Vaccination in Bombay 1924-1928 - 1924-1928
Year: 1924
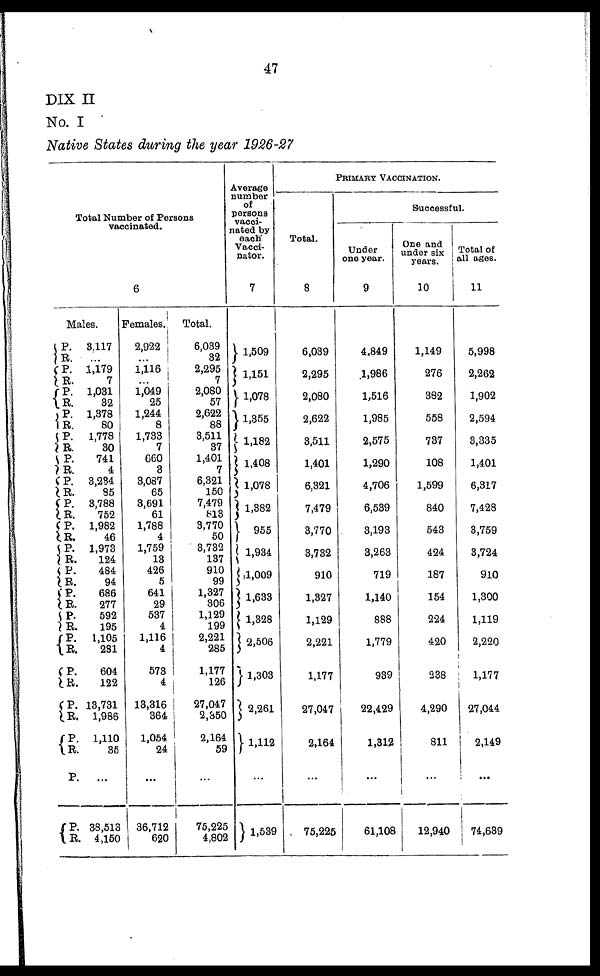
47
DIX II
No. I
Native States during the year 1926-27
Total Number of Persons
vaccinated.
6
Males.
P.
R.
P.
R.
P.
R.
P.
R.
P.
R.
P.
R.
P.
R.
P.
R.
P.
R.
P.
R.
P.
R.
P.
R.
P.
R.
P.
R.
P.
R.
P.
R.
P.
R.
P.
P.
R.
3,117
...
1,179
7
1,031
32
1,378
80
1,778
30
741
4
3,284
85
3,788
752
1,982
46
1,973
124
484
94
686
277
592
195
1,105
281
604
122
13,731
1,986
1,110
35
...
38,513
4,150
Females.
2,922
...
1,116
...
1,049
25
1,244
8
1,733
7
660
3
3,087
65
3,691
61
1,788
4
1,759
13
426
5
641
29
537
4
1,116
4
573
4
13,316
364
1,054
24
...
36,712
620
Total.
6,039
32
2,295
7
2,080
57
2,622
88
3,511
37
1,401
7
6,321
150
7,479
813
3,770
50
3,732
137
910
99
1,327
306
1,129
199
2,221
285
1,177
126
27,047
2,350
2,164
59
...
75,225
4,802
Average
number
of
persons
vacci-
nated by
each
Vacci¬
nator.
7
1,509
1,151
1,078
1,355
1,182
1,408
1,078
1,382
955
1,934
1,009
1,633
1,328
2,506
1,303
2,261
1,112
...
1,539
PRIMARY VACCINATION.
Total.
8
6,039
2,295
2,080
2,622
3,511
1,401
6,321
7,479
3,770
3,732
910
1,327
1,129
2,221
1,177
27,047
2,164
...
75,225
Successful.
Under
one year.
9
4,849
1,986
1,516
1,985
2,575
1,290
4,706
6,539
3,193
3,263
719
1,140
888
1,779
939
22,429
1,312
...
61,108
One and
under six
years.
10
1,149
276
382
558
737
108
1,599
840
543
424
187
154
224
420
238
4,290
811
...
12,940
Total of
all ages.
11
5,998
2,262
1,902
2,594
3,335
1,401
6,317
7,428
3,759
3,724
910
1,300
1,119
2,220
1,177
27,044
2,149
...
74,639